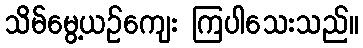
သိမ်မွေ့ယဉ်ကျေး ကြပါသေးသည်။